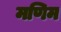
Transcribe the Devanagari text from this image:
मणिम